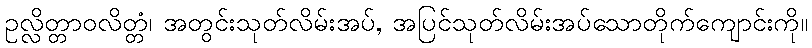
ဥလ္လိတ္တာဝလိတ္တံ၊ အတွင်းသုတ်လိမ်းအပ်, အပြင်သုတ်လိမ်းအပ်သောတိုက်ကျောင်းကို။